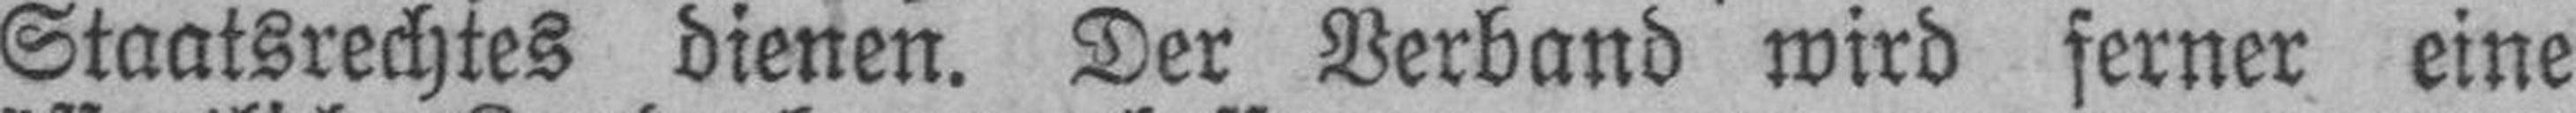
Staatsrechtes dienen. Der Verband wird ferner eine